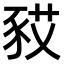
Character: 𧰿